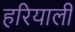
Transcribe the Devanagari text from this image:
हरियाली